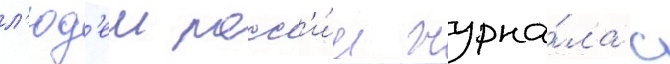
л'юд'еи росс'и́и журна́ла с